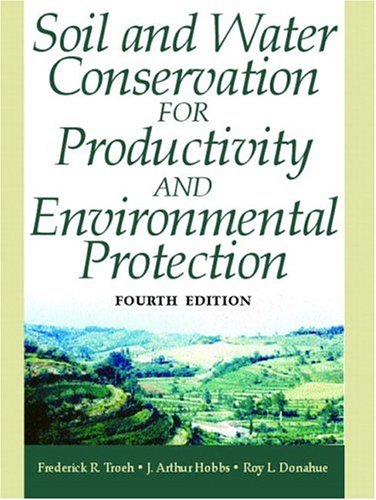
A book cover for Soil and Water Conservation for Productivity and Environmental Protection (4th Edition); Frederick R. Troeh Professor Emeritus; Science & Math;